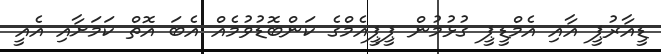
ޑީއާރުޕީ އާއި އެމްޑީޕީ ގުޅުމުން ޕީޕީއެމްގެ ކަންބޮޑުވުމެއް އެބަ އޮތް ކަމަށާއި އެއީ